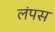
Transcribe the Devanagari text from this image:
लंपस